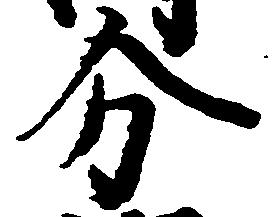
分